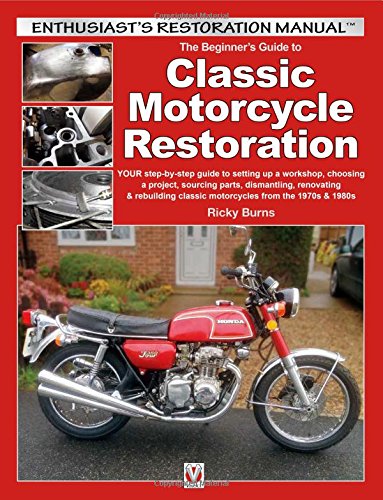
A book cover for The Beginner's Guide to Classic Motorcycle Restoration: Your Step-by-Step Guide to Setting Up a Workshop, Choosing a Project, Dismantling, Sourcing ... & 1980s (Enthusiast's Restoration Manual); Ricky Burns; Engineering & Transportation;